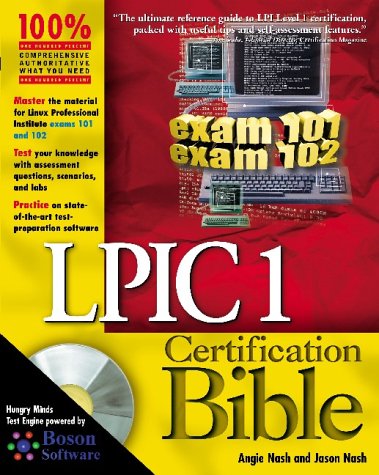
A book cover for LPIC 1 Certification Bible; Angie Nash; Computers & Technology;